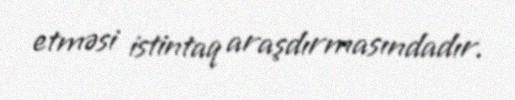
etməsi istintaq araşdırmasındadır.